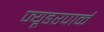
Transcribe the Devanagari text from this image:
ज्यूडरपार्क